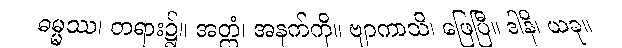
ဓမ္မဿ၊ တရား၌။ အတ္ထံ၊ အနက်ကို။ ဗျာကာသိ၊ ဖြေပြီ။ ဒါနိ၊ ယခု။